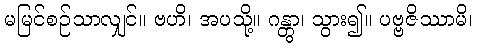
မမြင်စဉ်သာလျှင်။ ဗဟိ၊ အပသို့။ ဂန္တွာ၊ သွား၍။ ပဗ္ဗဇိဿာမိ၊